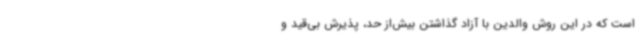
است که در این روش والدین با آزاد گذاشتن بیش‌از حد، پذیرش بی‌قید و